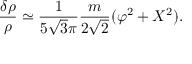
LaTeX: \frac { \delta \rho } { \rho } \simeq \frac { 1 } { 5 \sqrt { 3 } \pi } \frac { m } { 2 \sqrt { 2 } } ( \varphi ^ { 2 } + X ^ { 2 } ) .